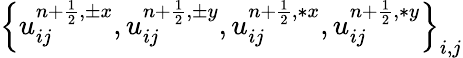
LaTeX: \left\{ u_{ij}^{{n+\frac{1}{2}},\pm x},u_{ij}^{{n+\frac{1}{2}},\pm y},u_{ij}^{{n+\frac{1}{2}},\ast x},u_{ij}^{{n+\frac{1}{2}},\ast y}\right\} _{i,j}